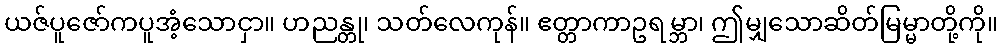
ယဇ်ပူဇော်ကပူအံ့သောငှာ။ ဟညန္တု၊ သတ်လေကုန်။ ဧတ္တာကာဥရမ္ဘာ၊ ဤမျှသောဆိတ်မြမ္မာတို့ကို။